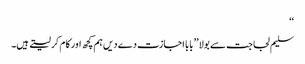
‘‘
سلیم لجاجت سے بولا ’’بابا اجازت دے دیں ہم کچھ اور کام کر لیتے ہیں۔